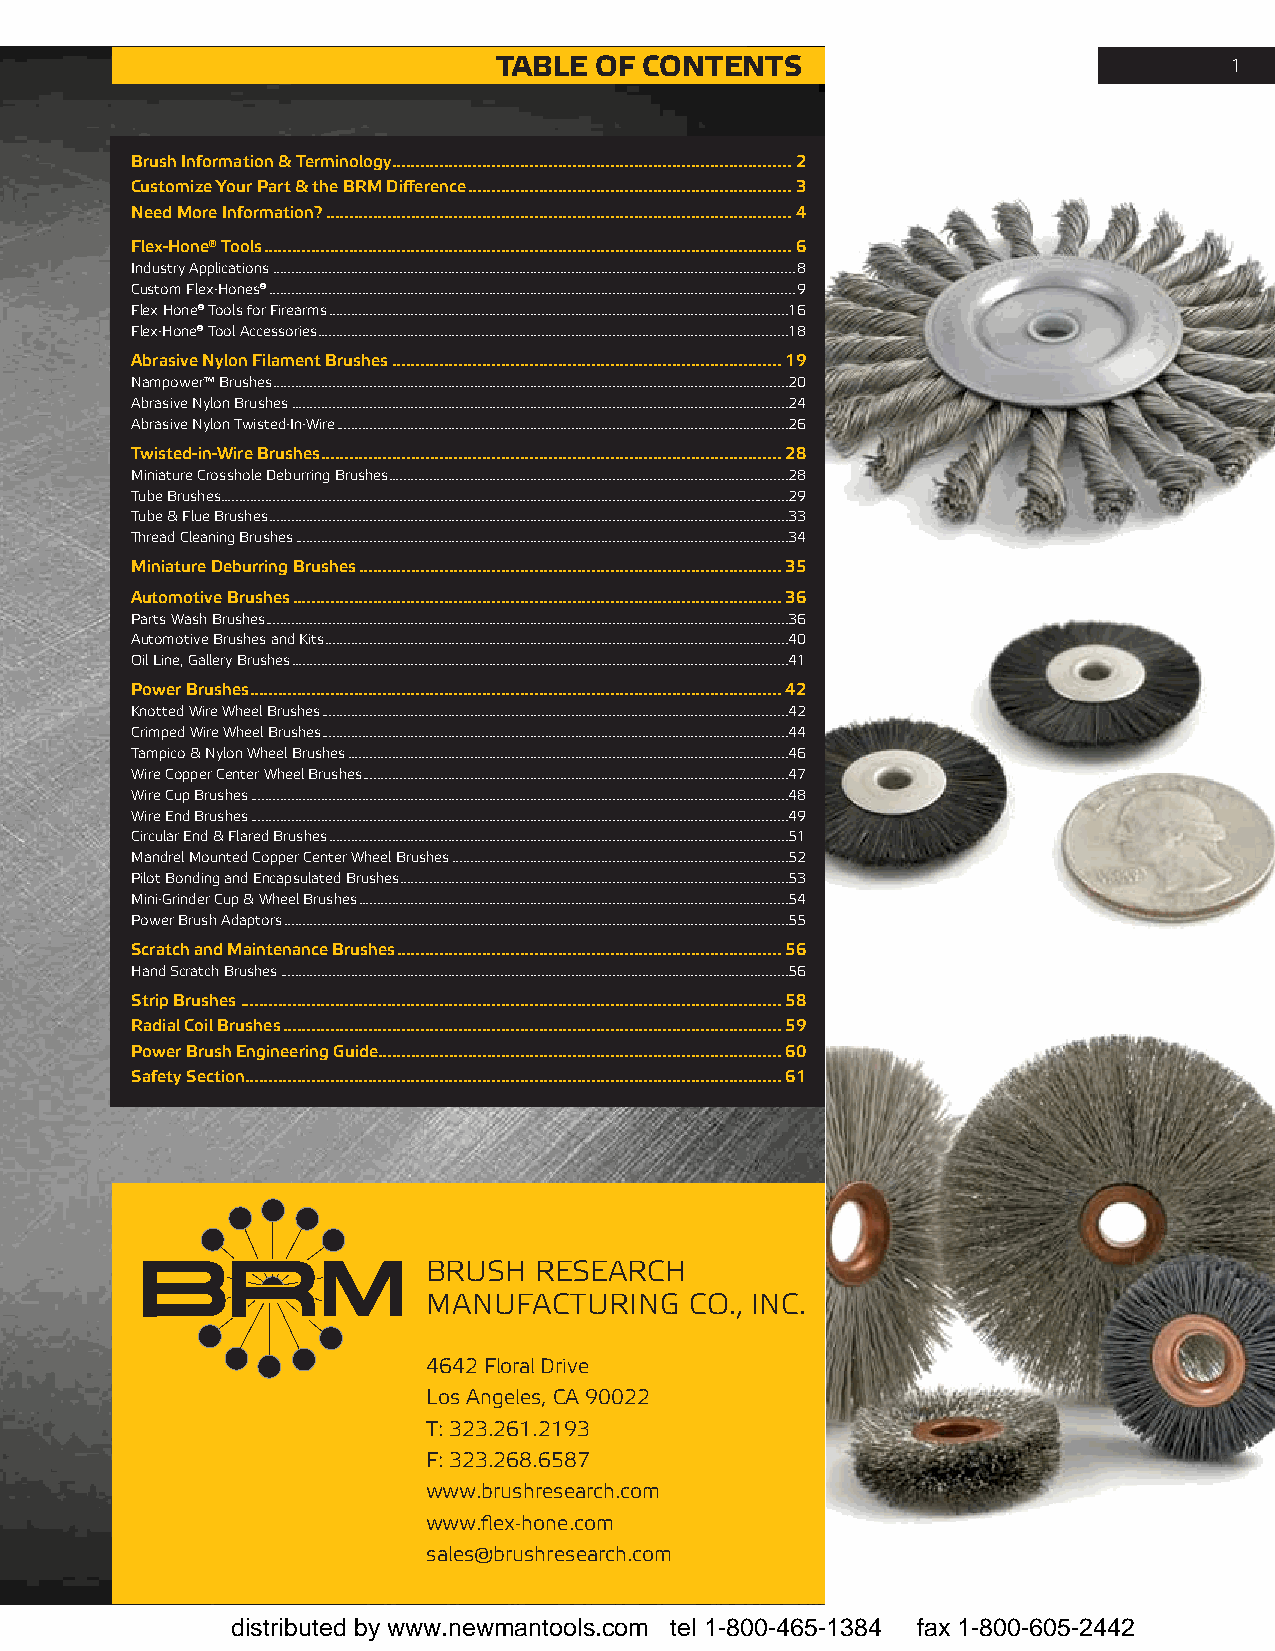
table of  contents                              1
 Brush Information & Terminology ....................................................................................2
 Customize Your Part & the BRM Difference ....................................................................3
 Need More Information? ..................................................................................................4
 Flex-Hone® Tools ...............................................................................................................6
 industry applications ............................................................................................................................................8
 custom flex-hones® .............................................................................................................................................9
 flex hone® tools for firearms ...........................................................................................................................16
 flex-hone® tool accessories ..............................................................................................................................18
 Abrasive Nylon Filament Brushes ..................................................................................19
 nampower™ Brushes ..........................................................................................................................................20
 abrasive nylon Brushes .....................................................................................................................................24
 abrasive nylon twisted-in-Wire .........................................................................................................................26
 Twisted-in-Wire Brushes .................................................................................................28
 miniature crosshole Deburring Brushes ...........................................................................................................28
 tube Brushes........................................................................................................................................................29
 tube & flue Brushes ...........................................................................................................................................33
 Thread cleaning Brushes ....................................................................................................................................34
 Miniature Deburring Brushes .........................................................................................35
 Automotive Brushes .......................................................................................................36
 Parts Wash Brushes ............................................................................................................................................36
 automotive Brushes and Kits ............................................................................................................................40
 oil Line, gallery Brushes .....................................................................................................................................41
 Power Brushes ................................................................................................................42
 Knotted Wire Wheel Brushes .............................................................................................................................42
 crimped Wire Wheel Brushes .............................................................................................................................44
 tampico & nylon Wheel Brushes ......................................................................................................................46
 Wire copper center Wheel Brushes ..................................................................................................................47
 Wire cup Brushes ................................................................................................................................................48
 Wire end Brushes ................................................................................................................................................49
 circular end & flared Brushes ...........................................................................................................................51
 mandrel mounted copper center Wheel Brushes ..........................................................................................52
 Pilot Bonding and encapsulated Brushes ........................................................................................................53
 mini-grinder cup & Wheel Brushes ...................................................................................................................54
 Power Brush adaptors .......................................................................................................................................55
 Scratch and Maintenance Brushes .................................................................................56
 hand scratch Brushes ........................................................................................................................................56
 Strip Brushes ..................................................................................................................58
 Radial Coil Brushes .........................................................................................................59
 Power Brush Engineering Guide .....................................................................................60
 Safety Section .................................................................................................................61
 Brush  research
 manufacturing     co., inc.
 4642 floral Drive
 Los angeles, ca 90022
 t: 323.261.2193
 f: 323.268.6587
 www.brushresearch.com
 www.flex-hone.com
 sales@brushresearch.com
 distributed by www.newmantools.com tel 1-800-465-1384 fax 1-800-605-2442